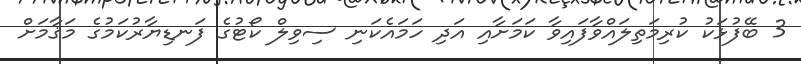
3 ބޭފުޅަކު ކުރިމަތިލައްވާފައިވާ ކަމަށާއި އަދި ހަމައެކަނި ސިވިލް ކޯޓުގެ ފަނޑިޔާރުކަމުގެ މަޤާމަށް